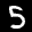
Label: 5